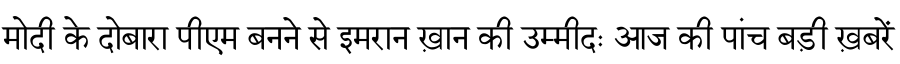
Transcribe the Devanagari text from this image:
मोदी के दोबारा पीएम बनने से इमरान ख़ान की उम्मीदः आज की पांच बड़ी ख़बरें